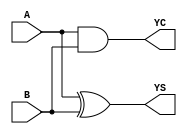
module HAX1 (A, B, YC, YS);
input  A ;
input  B ;
output YC ;
output YS ;

   and (YC, A, B);
   xor (YS, A, B);

   specify
     // delay parameters
     specparam
       tpllh$A$YS = 0.27:0.27:0.27,
       tplhl$A$YS = 0.32:0.32:0.32,
       tpllh$A$YC = 0.18:0.18:0.18,
       tphhl$A$YC = 0.23:0.23:0.23,
       tpllh$B$YS = 0.27:0.27:0.27,
       tplhl$B$YS = 0.31:0.31:0.31,
       tpllh$B$YC = 0.17:0.17:0.17,
       tphhl$B$YC = 0.22:0.22:0.22;

     // path delays
     (A *> YC) = (tpllh$A$YC, tphhl$A$YC);
     (A *> YS) = (tpllh$A$YS, tplhl$A$YS);
     (B *> YC) = (tpllh$B$YC, tphhl$B$YC);
     (B *> YS) = (tpllh$B$YS, tplhl$B$YS);

   endspecify

endmodule